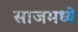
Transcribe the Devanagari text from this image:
साजमध्ये